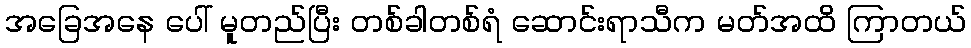
အခြေအနေ ပေါ် မူတည်ပြီး တစ်ခါတစ်ရံ ဆောင်းရာသီက မတ်အထိ ကြာတယ်